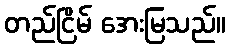
တည်ငြိမ် အေးမြသည်။